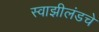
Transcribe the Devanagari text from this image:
स्वाझीलंडचे